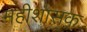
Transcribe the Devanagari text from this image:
महीशासक